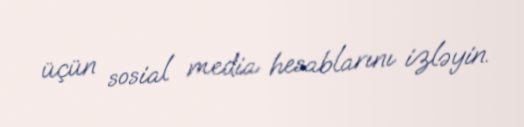
üçün sosial media hesablarını izləyin.